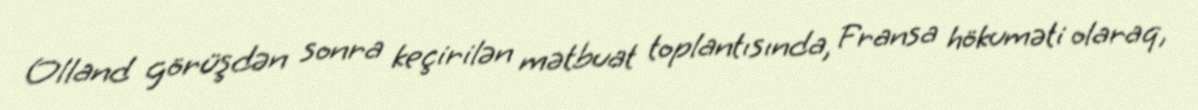
Olland görüşdən sonra keçirilən mətbuat toplantısında, Fransa hökuməti olaraq,